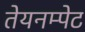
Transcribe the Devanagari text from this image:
तेयनम्पेट